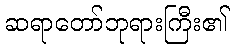
ဆရာတော်ဘုရားကြီး၏